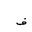
Letter: _fa